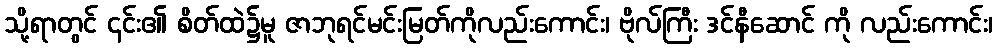
သို့ရာတွင် ၎င်း၏ စိတ်ထဲ၌မူ ဇာဘုရင်မင်းမြတ်ကိုလည်းကောင်း၊ ဗိုလ်ကြီး ဒင်နီဆောင် ကို လည်းကောင်း၊